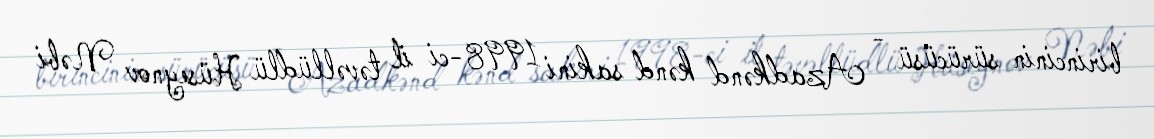
birincinin sürücüsü - Azadkənd kənd sakini 1998-ci il təvəllüdlü Hüseynov Nəbi